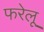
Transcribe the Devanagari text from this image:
फरेलू